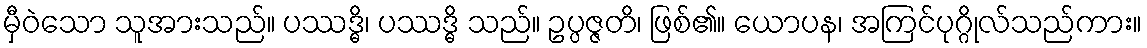
မှီဝဲသော သူအားသည်။ ပဿဒ္ဓိ၊ ပဿဒ္ဓိ သည်။ ဥပ္ပဇ္ဇတိ၊ ဖြစ်၏။ ယောပန၊ အကြင်ပုဂ္ဂိုလ်သည်ကား။